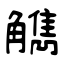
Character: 觹